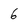
Character: 6